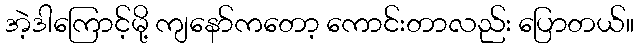
အဲ့ဒါကြောင့်မို့ ကျနော်ကတော့ ကောင်းတာလည်း ပြောတယ်။